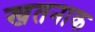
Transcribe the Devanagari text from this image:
खतनाक